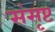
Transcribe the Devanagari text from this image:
संसृष्ट